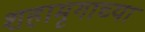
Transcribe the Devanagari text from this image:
शहामृगाच्या